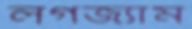
লগজ্যাম